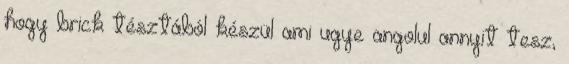
hogy brick tésztából készül ami ugye angolul annyit tesz,